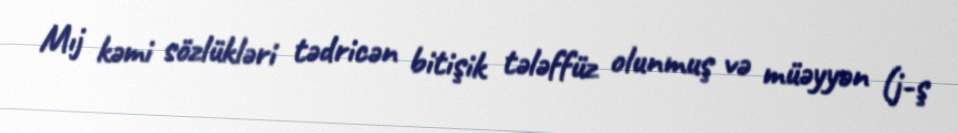
Mıj kəmi sözlükləri tədricən bitişik tələffüz olunmuş və müəyyən (j-ş